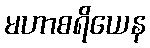
မဟာစရိယေန